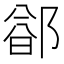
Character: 𬪐